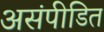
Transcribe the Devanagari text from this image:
असंपीडित